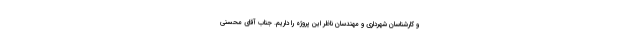
و کارشناسان شهرداری و مهندسان ناظر این پروژه را داریم. جناب آقای محسنی